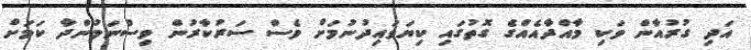
އަދި ގުރުއާން ވަކި މާއްދާއެއްގެ ގޮތުގައި ކިޔަވައިދުނުމަށް ވެސް ސަރުކާރުން ވިސްނަމުންދާ ކަމަށް